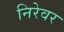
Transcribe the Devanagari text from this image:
निरेवर